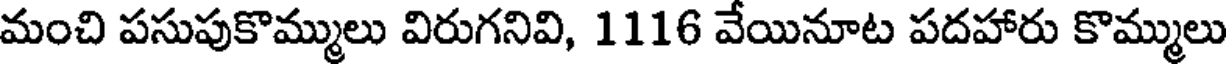
మంచి పసుపుకొమ్ములు విరుగనివి, 1116 వేయినూట పదహారు కొమ్ములు